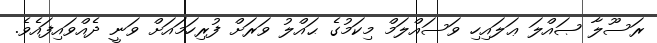
ރަސޫލާ ޞައްލަ ޢަލައިހި ވަސައްލަމް މިކަމުގެ ޙައްލު ވަރަށް ފުރިހަމައަށް ވަނީ ދެއްވައިފައެވެ.